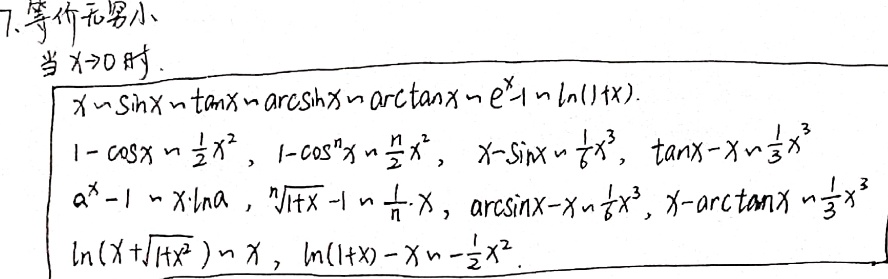
7. 等价无穷小：当\(x \to 0\)时，
\[
\begin{align*}
x&\sim \sin x\sim \tan x\sim \arcsin x\sim \arctan x\sim e^{x} - 1\sim \ln(1 + x),\\
1 - \cos x&\sim \frac{1}{2}x^{2}, \ 1 - \cos^{n}x\sim \frac{n}{2}x^{2}, \ x - \sin x\sim \frac{1}{6}x^{3}, \ \tan x - x\sim \frac{1}{3}x^{3},\\
a^{x}-1&\sim x\cdot\ln a, \ \sqrt[n]{1 + x}-1\sim \frac{1}{n}\cdot x, \ \arcsin x - x\sim \frac{1}{6}x^{3}, \ x - \arctan x\sim \frac{1}{3}x^{3},\\
\ln(x+\sqrt{1 + x^{2}})&\sim x, \ \ln(1 + x)-x\sim -\frac{1}{2}x^{2}.
\end{align*}
\]